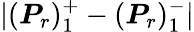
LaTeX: |(\boldsymbol{P}_{r})_{1}^{+}-(\boldsymbol{P}_{r})_{1}^{-}|